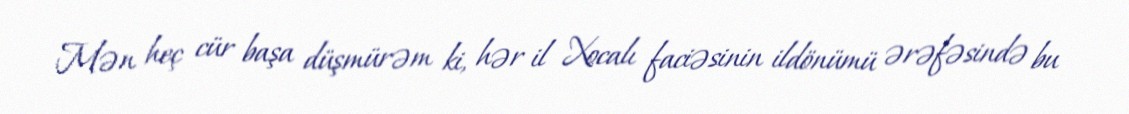
Mən heç cür başa düşmürəm ki, hər il Xocalı faciəsinin ildönümü ərəfəsində bu